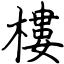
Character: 樓